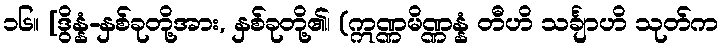
၁၆။ [ဒွိန္နံ-နှစ်ခုတို့အား, နှစ်ခုတို့၏၊ (ဣဏ္ဏမိဏ္ဏန္နံ တီဟိ သင်္ချာဟိ သုတ်က